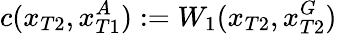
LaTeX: c(x_{T2},x_{T1}^{A}):=W_{1}(x_{T2},x_{T2}^{G})